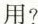
用？